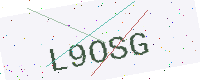
Text: L9OSG